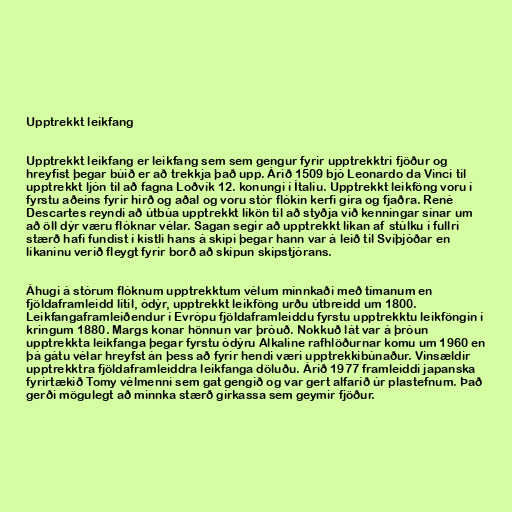
Upptrekkt leikfang

Upptrekkt leikfang er leikfang sem sem gengur fyrir upptrekktri fjöður og
hreyfist þegar búið er að trekkja það upp. Árið 1509 bjó Leonardo da Vinci til
upptrekkt ljón til að fagna Loðvík 12. konungi í Ítalíu. Upptrekkt leikföng voru í
fyrstu aðeins fyrir hirð og aðal og voru stór flókin kerfi gíra og fjaðra. René
Descartes reyndi að útbúa upptrekkt líkön til að styðja við kenningar sínar um
að öll dýr væru flóknar vélar. Sagan segir að upptrekkt líkan af stúlku í fullri
stærð hafi fundist í kistli hans á skipi þegar hann var á leið til Svíþjóðar en
líkaninu verið fleygt fyrir borð að skipun skipstjórans.

Áhugi á stórum flóknum upptrekktum vélum minnkaði með tímanum en
fjöldaframleidd lítil, ódýr, upptrekkt leikföng urðu útbreidd um 1800.
Leikfangaframleiðendur í Evrópu fjöldaframleiddu fyrstu upptrekktu leikföngin í
kringum 1880. Margs konar hönnun var þróuð. Nokkuð lát var á þróun
upptrekkta leikfanga þegar fyrstu ódýru Alkaline rafhlöðurnar komu um 1960 en
þá gátu vélar hreyfst án þess að fyrir hendi væri upptrekkibúnaður. Vinsældir
upptrekktra fjöldaframleiddra leikfanga döluðu. Árið 1977 framleiddi japanska
fyrirtækið Tomy vélmenni sem gat gengið og var gert alfarið úr plastefnum. Það
gerði mögulegt að minnka stærð gírkassa sem geymir fjöður.